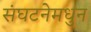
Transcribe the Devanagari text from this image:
संघटनेमधुन